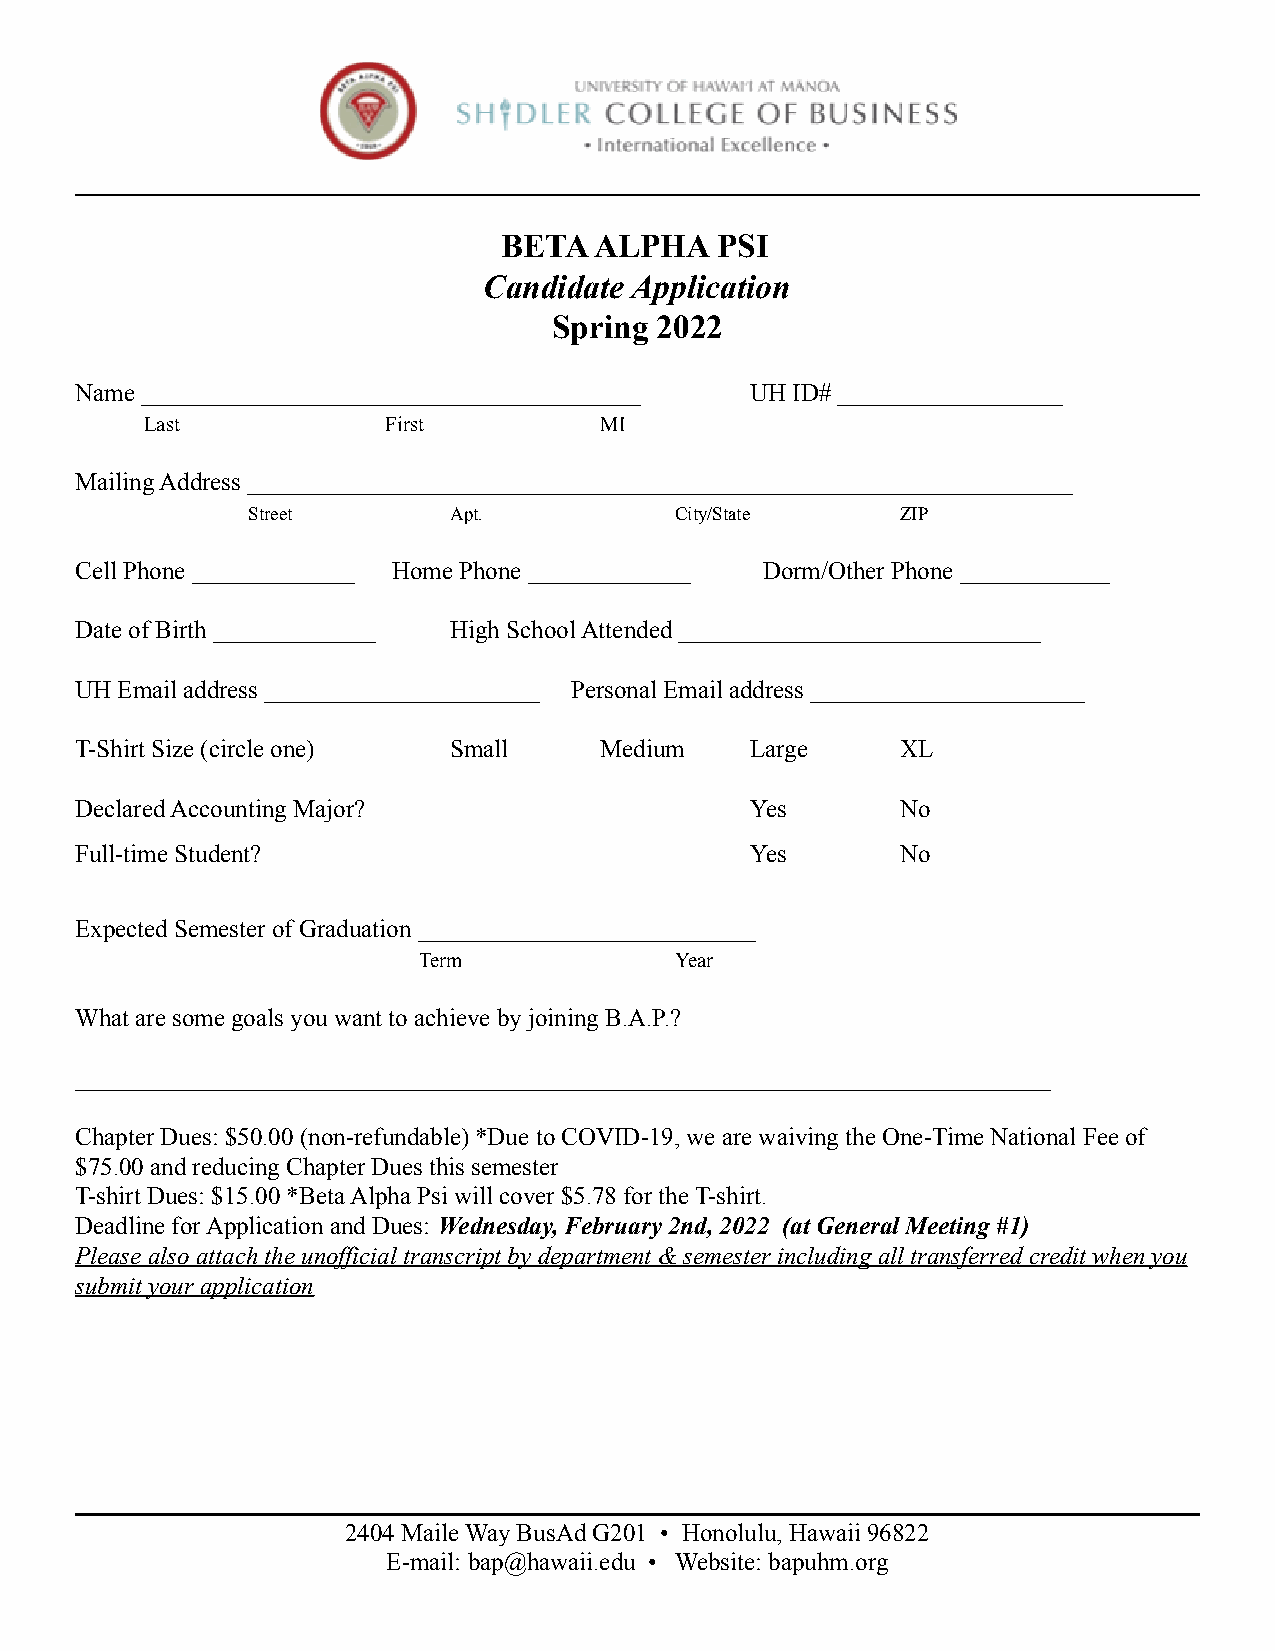
BETA  ALPHA   PSI
 Candidate Application
 Spring 2022
 Name ________________________________________ UH ID# __________________
 Last            First         MI
 Mailing Address __________________________________________________________________
 Street        Apt.           City/State     ZIP
 Cell Phone _____________ Home Phone _____________ Dorm/Other Phone ____________
 Date of Birth _____________ High School Attended _____________________________
 UH Email address ______________________ Personal Email address ______________________
 T-Shirt Size (circle one) Small    Medium    Large     XL
 Declared Accounting Major?                   Yes       No
 Full-time Student?                           Yes       No
 Expected Semester of Graduation ___________________________
 Term             Year
 What are some goals you want to achieve by joining B.A.P.?
 ______________________________________________________________________________
 Chapter Dues: $50.00 (non-refundable) *Due to COVID-19, we are waiving the One-Time National Fee of
 $75.00 and reducing Chapter Dues this semester
 T-shirt Dues: $15.00 *Beta Alpha Psi will cover $5.78 for the T-shirt.
 Deadline for Application and Dues: Wednesday, February2nd, 2022 (at General Meeting #1)
 Please also attach the unofficial transcript by department & semester including all transferred credit when you
 submit your application
 2404 Maile Way BusAd G201 • Honolulu, Hawaii 96822
 E-mail: bap@hawaii.edu • Website: bapuhm.org